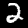
Label: 2